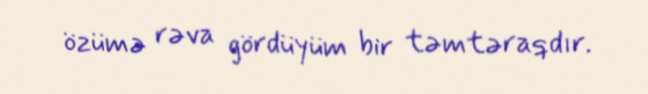
özümə rəva gördüyüm bir təmtəraqdır.